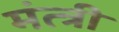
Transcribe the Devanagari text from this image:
मंत्त्री